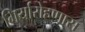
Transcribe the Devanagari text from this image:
गिर्यारोहणास